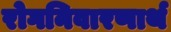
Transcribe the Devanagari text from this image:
रोगनिवारणार्थ